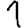
Digit: 1